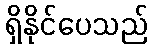
ရှိနိုင်ပေသည်